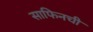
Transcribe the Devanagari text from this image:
साफिनची